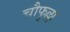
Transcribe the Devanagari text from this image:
चौफुल्ला